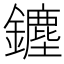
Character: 𨮞